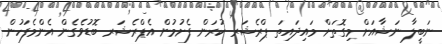
ނަބީލާ ނަޝާއަށް މިގޮތަށް މައިދައިތަ ޕްރެޝަރ ކުރަން ފެށުމުން އެޕްރެޝަރ ބޮޑުވެގެން އެންމެފަހުން